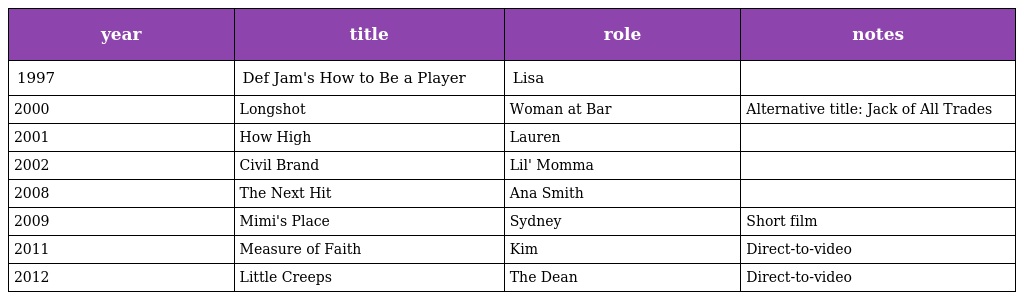
| year | title | role | notes |
 | --- | --- | --- | --- |
 | 1997 | Def Jam's How to Be a Player | Lisa |  |
 | 2000 | Longshot | Woman at Bar | Alternative title: Jack of All Trades |
 | 2001 | How High | Lauren |  |
 | 2002 | Civil Brand | Lil' Momma |  |
 | 2008 | The Next Hit | Ana Smith |  |
 | 2009 | Mimi's Place | Sydney | Short film |
 | 2011 | Measure of Faith | Kim | Direct-to-video |
 | 2012 | Little Creeps | The Dean | Direct-to-video |